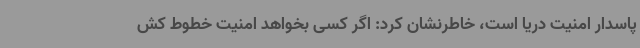
پاسدار امنیت دریا است، خاطرنشان کرد: اگر کسی بخواهد امنیت خطوط کش